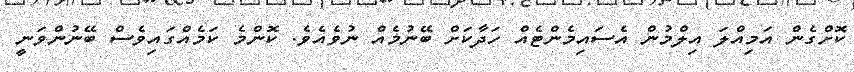
ކޮށްގެން އަމިއްލަ އިލްމުން އެސައިމެންޓެއް ހަދާކަށް ބޭނުމެއް ނުވެއެވެ. ކޮންމެ ކަމެއްގައިވެސް ބޭނުންވަނީ